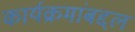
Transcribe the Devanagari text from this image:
कार्यक्रमांबद्दल